Scottish Leaving Certificate Examination, 1954
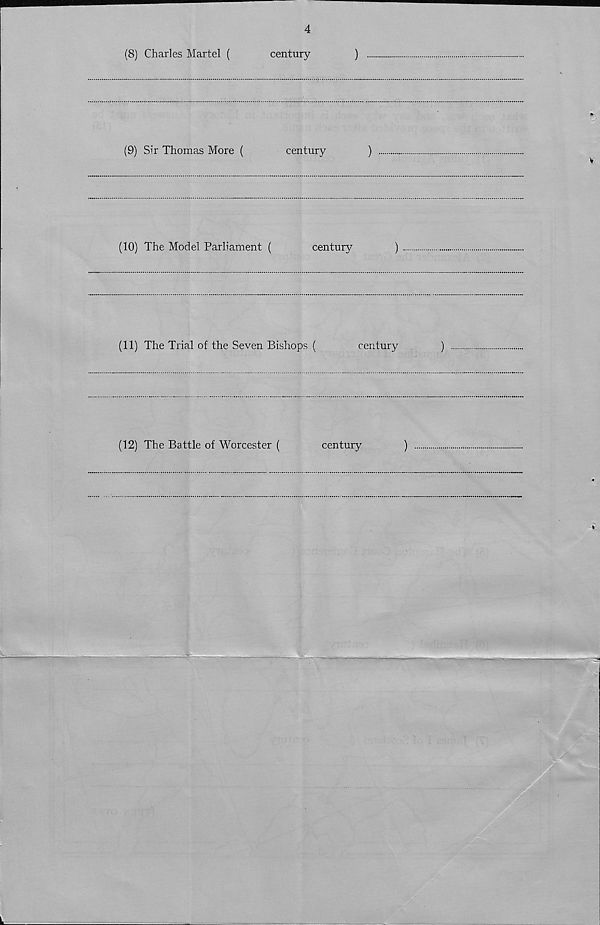
4
(8) Charles Martel (
century
)
(9) Sir Thomas More (
century
)
(10) The Model Parliament (
century
)
(11) The Trial of the Seven Bishops (
century
)
(12) The Battle of Worcester (
century
)